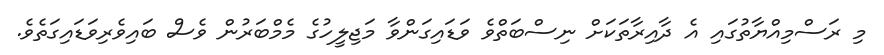
މި ރަސްމިއްޔާތުގައި އެ ދާއިރާތަކަށް ނިސްބަތްވެ ވަޑައިގަންވާ މަޖިލީހުގެ މެމްބަރުން ވެސް ބައިވެރިވަޑައިގަތެވެ.